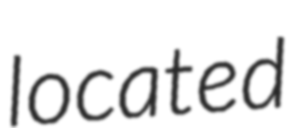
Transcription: located